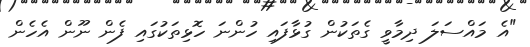
"އެ މައްސަލަ ދިމާވީ ގެތަކުން ގުޅާފައި ހުންނަ ހޮޅިތަކުގައި ފެން ނޫން އެހެން